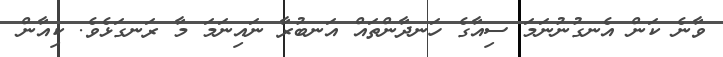
ވާނެ ކަން އެނގުނުނަމަ ސިއާގެ ހަނދާންތައް އަނބުރާ ނައިނަމަ މާ ރަނގަޅެވެ. ކިއާން